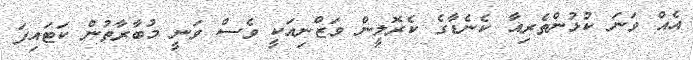
އެއް ވަނަ ކުޅުންތެރިއާ ކެނެޑާގެ ކެރޮލީން ވަޒްނިއަކީ ވެސް ވަނީ މުބާރާތުން ކަޓައިފަ